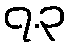
၇.၃